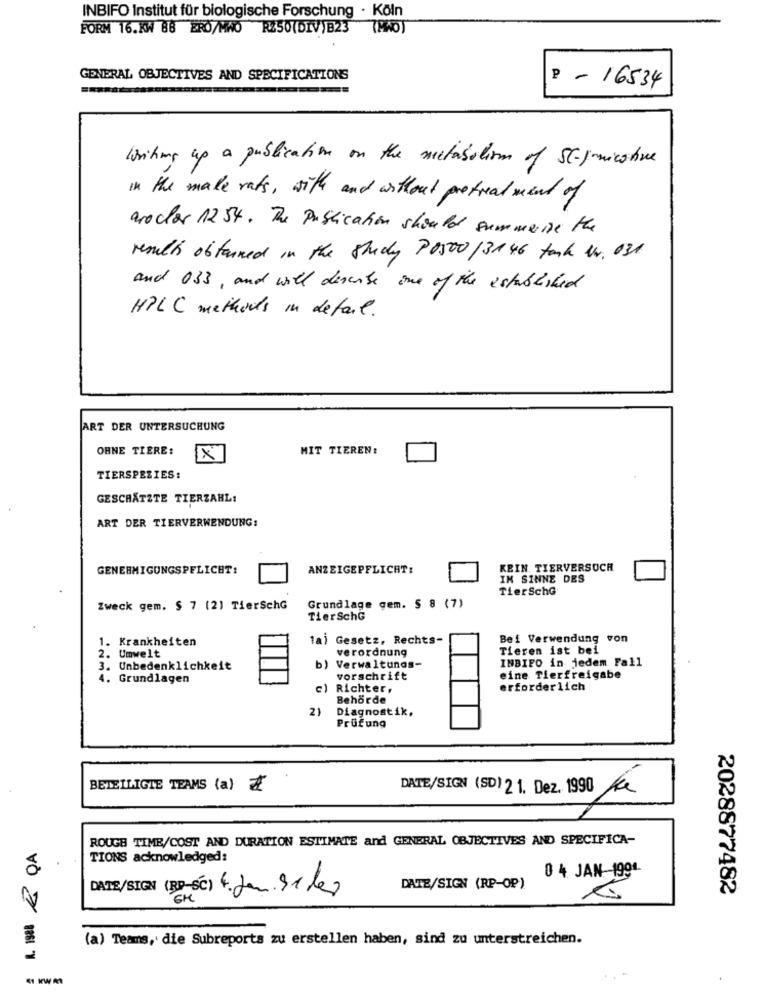
INBIFO Institut für biologische Forschung · Köln
FORM 16.KW BB ERO/MNO R250(DIV)B23 (PMO)
GENERAL OBJECTIVES AND SPECIFICATIONS
P - 16534
writing up a publication on the metabolism of SE-ficative
in the make rats , with and without protreatment of
aroclar 1254 . The Publication should summerise the
results obtained in the Study PO500 /3146 task w. 031
and 033 , and will describe one of the established
HPLC methods in detail.
ART DER UNTERSUCHUNG
OHNE TIERE:
MIT TIEREN:
X
TIERSPEZIES:
GESCHÄTZTE TIERZAHL:
ART DER TIERVERWENDUNG:
GENEHMIGUNGSPFLICHT:
ANZEIGEPFLICHT:
KEIN. TIERVERSUCH
IM SINNE DES
TierSchG
Zweck gem. $ 7 (2) TierschG
Grundlage gem. § 8 (7)
TierSchG
1. Krankheiten
la) Gesetz, Rechts-
Bei Verwendung von
Umwelt
verordnung
Tieren ist bei
2.
INBIFO in jedem Fall
3. Unbedenklichkeit
b) Verwaltungs-
4. Grundlagen
vorschrift
eine Tierfreigabe
c) Richter,
erforderlich
Behorde
2)
Diagnostik.
Prüfung
BETEILIGTE TEAMS (a)
DATE/SIGN (SD) 2 1. Dez. 1990
ROUGH TIME/COST AND DURATION ESTIMATE and GENERAL OBJECTIVES AND SPECIFICA-
A. 1988 & QA
TIONS acknowledged:
0 4 JAN-1994-
DATE/SIGN (BB-6℃) 4. Jan. Seles
DATE/SIGN (RP-OP)
2028877482
(a) Teams, die Subreports zu erstellen haben, sind zu unterstreichen.